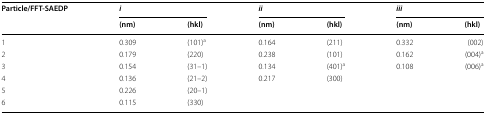
<table><thead><tr><td rowspan="2"><b>Particle/FFT-SAEDP</b></td><td colspan="2"><b><i>i</i></b></td><td colspan="2"><b><i>ii</i></b></td><td colspan="2"><b><i>iii</i></b></td></tr><tr><td><b>(nm)</b></td><td><b>(hkl)</b></td><td><b>(nm)</b></td><td><b>(hkl)</b></td><td><b>(nm)</b></td><td><b>(hkl)</b></td></tr></thead><tbody><tr><td>1</td><td>0.309</td><td>(101)<sup>a</sup></td><td>0.164</td><td>(211)</td><td>0.332</td><td>(002)</td></tr><tr><td>2</td><td>0.179</td><td>(220)</td><td>0.238</td><td>(101)</td><td>0.162</td><td>(004)<sup>a</sup></td></tr><tr><td>3</td><td>0.154</td><td>(31–1)</td><td>0.134</td><td>(401)<sup>a</sup></td><td>0.108</td><td>(006)<sup>a</sup></td></tr><tr><td>4</td><td>0.136</td><td>(21–2)</td><td>0.217</td><td>(300)</td><td></td><td></td></tr><tr><td>5</td><td>0.226</td><td>(20–1)</td><td></td><td></td><td></td><td></td></tr><tr><td>6</td><td>0.115</td><td>(330)</td><td></td><td></td><td></td><td></td></tr></tbody></table>